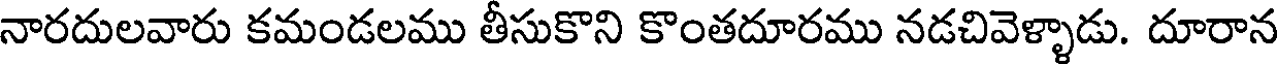
నారదులవారు కమండలము తీసుకొని కొంతదూరము నడచివెళ్ళాడు. దూరాన